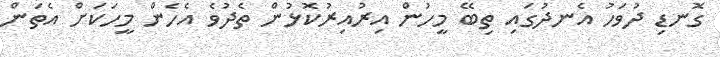
ގޮނޑި ދުވަހު އެނދުގައި ތިބޭ މީހުން އިރުއިރުކޮޅުން ތެދުވެ އެހެން މީހަކަށް އެތަން